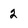
Character: 2